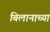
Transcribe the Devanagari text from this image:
बिलानाच्या